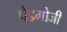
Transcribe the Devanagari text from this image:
पेडगोजी